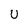
Character: U